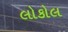
લોકોલ